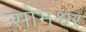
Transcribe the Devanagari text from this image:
सोमश्वर